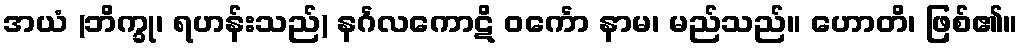
အယံ (ဘိက္ခု၊ ရဟန်းသည်) နင်္ဂလကောဋိ ဝင်္ကော နာမ၊ မည်သည်။ ဟောတိ၊ ဖြစ်၏။